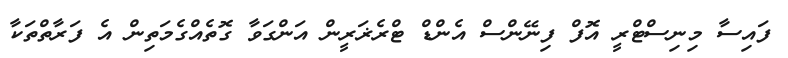
ފައިސާ މިނިސްޓްރީ އޮފް ފިނޭންސް އެންޑް ޓްރެޜަރީން އަންގަވާ ގޮތެއްގެމަތިން އެ ފަރާތްތަކާ